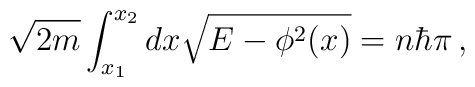
\sqrt{2m} \int^{x_2}_{x_1} dx \sqrt{E - \phi^2(x)} = n\hbar\pi\,,